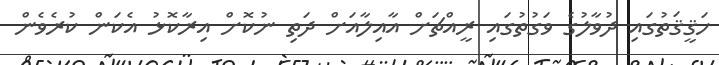
ހަޤީޤަތުގައި ދުވާލުގެ ވަގުތުގައި ރީއްޗަށް އާއިލާއަށް ދަތި ނުކޮށް އިރާކޮޅު އެކަން ކުރެވެން